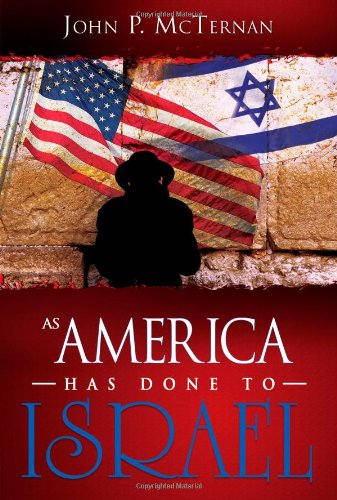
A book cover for As America Has Done To Israel; John McTernan; History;